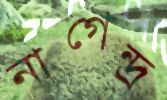
নাগেন্দ্র